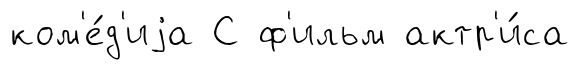
ком'е́д'иjа С ф'ильм актр'и́са